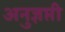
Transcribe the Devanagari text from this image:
अनुज्ञप्ती